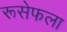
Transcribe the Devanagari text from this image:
रूसेफला